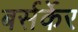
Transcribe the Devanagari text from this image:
बर्सर्केर